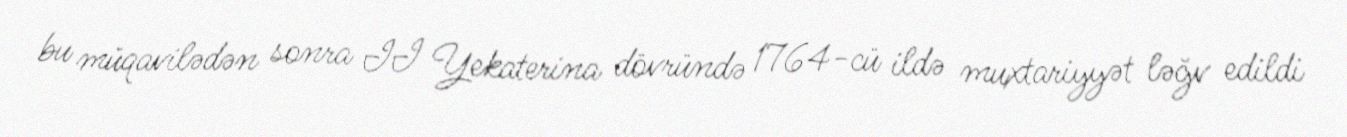
bu müqavilədən sonra II Yekaterina dövründə 1764-cü ildə muxtariyyət ləğv edildi